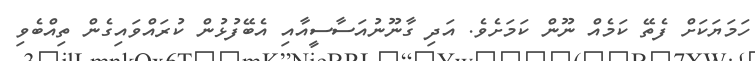
ހަމަޔަކަށް ފެތޭ ކަމެއް ނޫން ކަމަށެވެ. އަދި ގާނޫނުއަސާސީއާއި އެބޭފުޅުން ކުރައްވައިގެން ތިއްބެވި